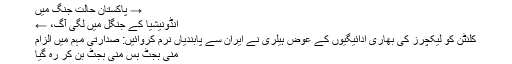
→ پاکستان حالت جنگ میں
انڈونیشیا کے جنگل میں لگی آگ، ←
کلنٹن کو لیکچرز کی بھاری ادائیگیوں کے عوض ہیلری نے ایران سے پابندیاں نرم کروائیں: صدارتی مہم میں الزام
منی بجٹ بس منی بجٹ بن کر رہ گیا